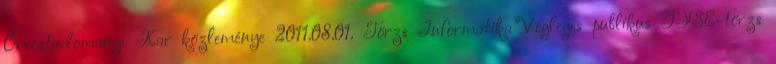
Orvostudományi Kar közleménye 2011.08.01. Törzs Informatika Végleges publikus GYSE-törzs